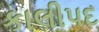
કાલીપદ